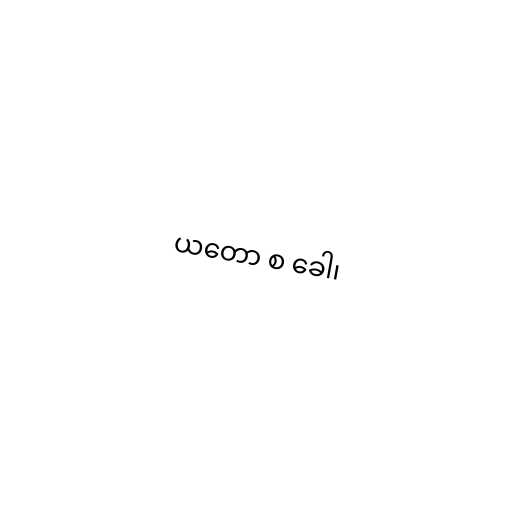
ယတော စ ခေါ၊